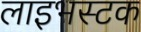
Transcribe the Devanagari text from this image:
लाइभस्टक